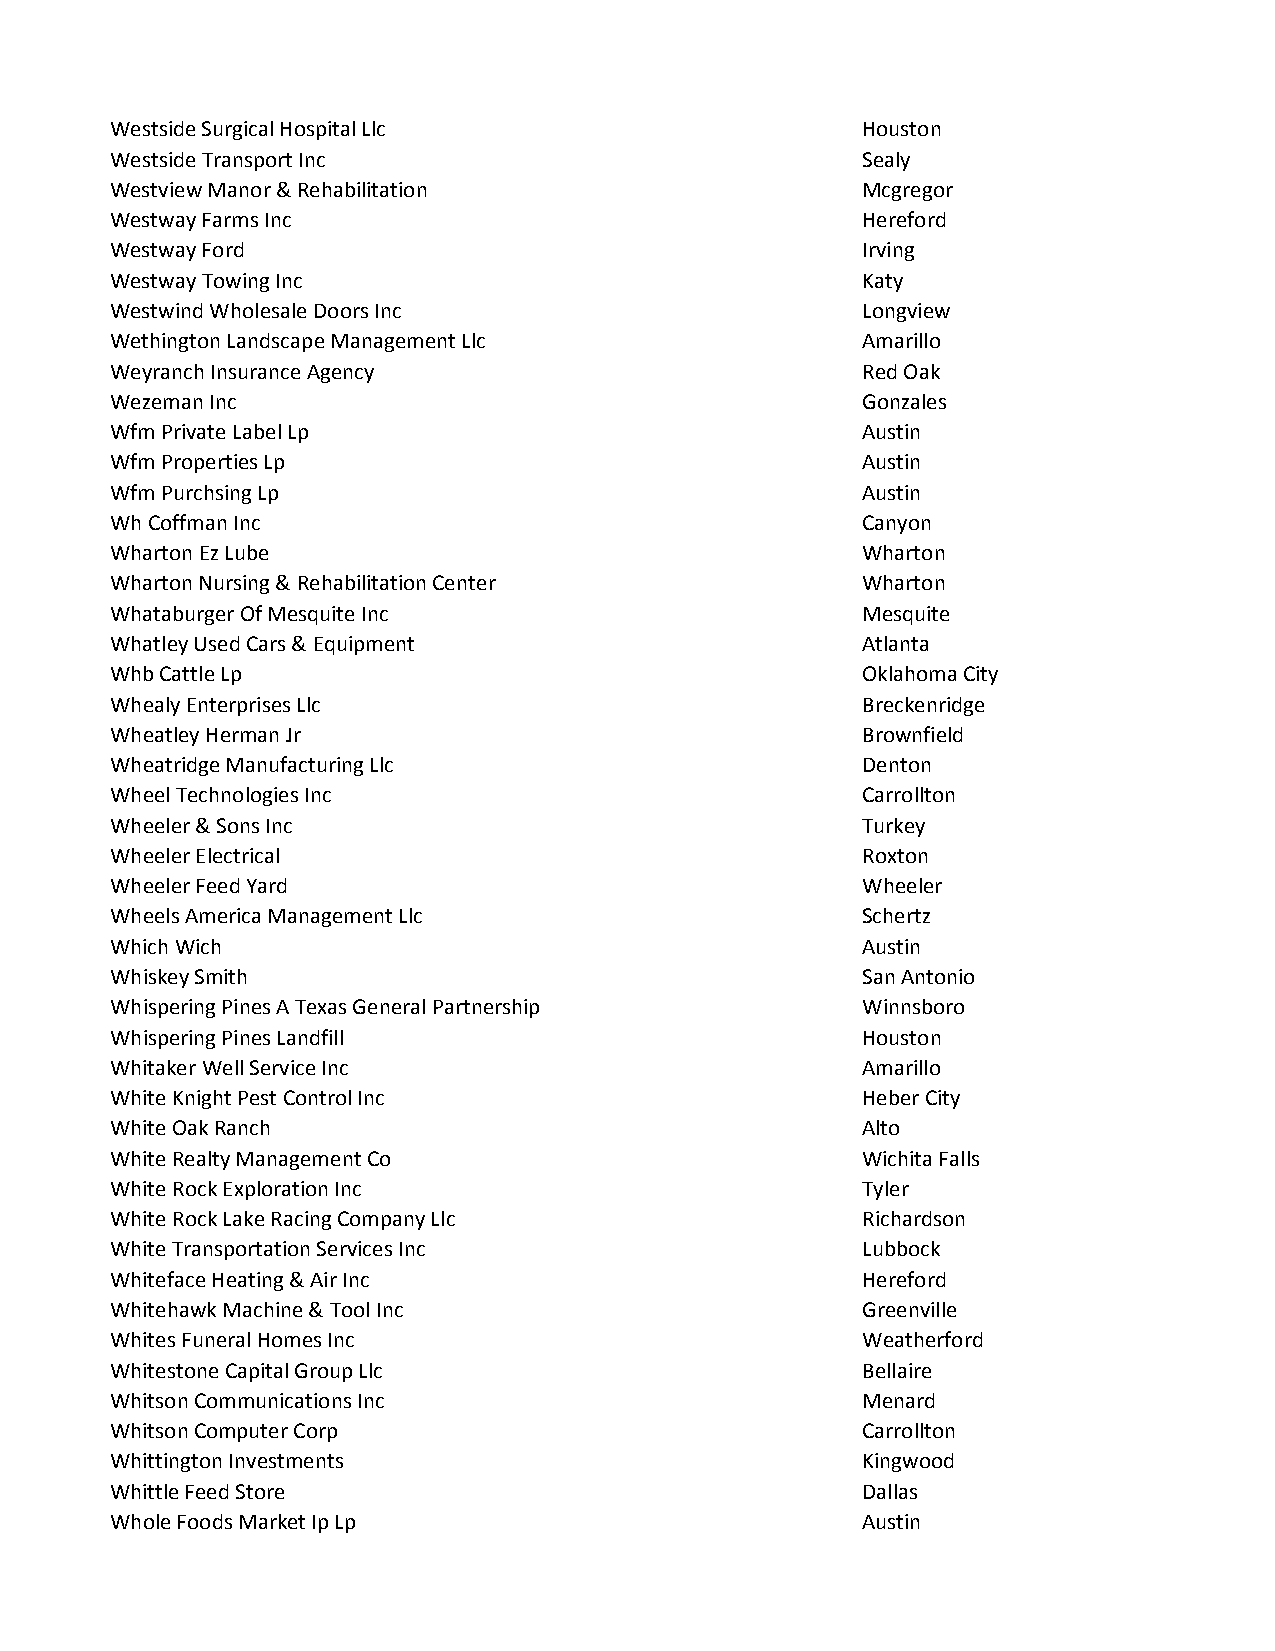
Westside Surgical Hospital Llc                    Houston
 Westside Transport Inc                            Sealy
 Westview Manor & Rehabilitation                   Mcgregor
 Westway Farms Inc                                 Hereford
 Westway Ford                                      Irving
 Westway Towing Inc                                Katy
 Westwind Wholesale Doors Inc                      Longview
 Wethington Landscape Management Llc               Amarillo
 Weyranch Insurance Agency                         Red Oak
 Wezeman Inc                                       Gonzales
 Wfm Private Label Lp                              Austin
 Wfm Properties Lp                                 Austin
 Wfm Purchsing Lp                                  Austin
 Wh Coffman Inc                                    Canyon
 Wharton Ez Lube                                   Wharton
 Wharton Nursing & Rehabilitation Center           Wharton
 Whataburger Of Mesquite Inc                       Mesquite
 Whatley Used Cars & Equipment                     Atlanta
 Whb Cattle Lp                                     Oklahoma City
 Whealy Enterprises Llc                            Breckenridge
 Wheatley Herman Jr                                Brownfield
 Wheatridge Manufacturing Llc                      Denton
 Wheel Technologies Inc                            Carrollton
 Wheeler & Sons Inc                                Turkey
 Wheeler Electrical                                Roxton
 Wheeler Feed Yard                                 Wheeler
 Wheels America Management Llc                     Schertz
 Which Wich                                        Austin
 Whiskey Smith                                     San Antonio
 Whispering Pines A Texas General Partnership      Winnsboro
 Whispering Pines Landfill                         Houston
 Whitaker Well Service Inc                         Amarillo
 White Knight Pest Control Inc                     Heber City
 White Oak Ranch                                   Alto
 White Realty Management Co                        Wichita Falls
 White Rock Exploration Inc                        Tyler
 White Rock Lake Racing Company Llc                Richardson
 White Transportation Services Inc                 Lubbock
 Whiteface Heating & Air Inc                       Hereford
 Whitehawk Machine & Tool Inc                      Greenville
 Whites Funeral Homes Inc                          Weatherford
 Whitestone Capital Group Llc                      Bellaire
 Whitson Communications Inc                        Menard
 Whitson Computer Corp                             Carrollton
 Whittington Investments                           Kingwood
 Whittle Feed Store                                Dallas
 Whole Foods Market Ip Lp                          Austin